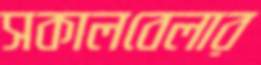
সকালবেলার